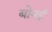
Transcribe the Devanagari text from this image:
बोनई